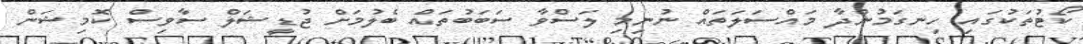
ކޯޓުތަކުގައި ހިނގަމުންދާ މައްސަލަތައް ނުނިމި ލަސްވާ ސަބަބުތައް ބެލުމަށް ޖުޑީޝަލް ސާވިސް ކޮމިޝަން